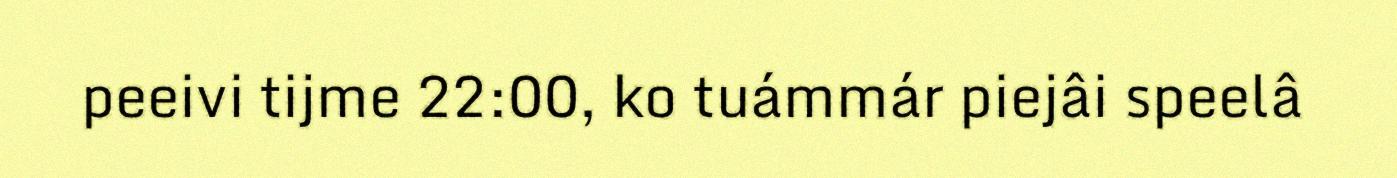
peeivi tijme 22:00, ko tuámmár piejâi speelâ